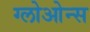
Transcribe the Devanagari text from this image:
ग्लोओन्स